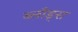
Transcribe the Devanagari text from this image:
ब्लाँड्स